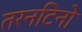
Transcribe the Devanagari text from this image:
तरनटिनो